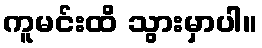
ကူမင်းထိ သွားမှာပါ။